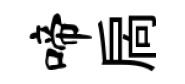
啼扄